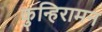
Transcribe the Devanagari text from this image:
कुन्हिरामन